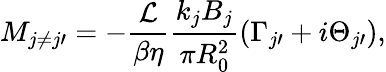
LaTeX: M_{j\neq j\prime}=-\frac{\mathcal{L}}{\beta\eta}\frac{k_{j}B_{j}}{\pi R_{0}^{2}}(\Gamma_{j\prime}+i\Theta_{j\prime}),